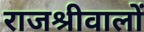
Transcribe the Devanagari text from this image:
राजश्रीवालों